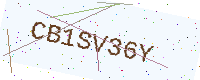
Text: CB1SV36Y